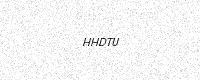
Text: HHDTU